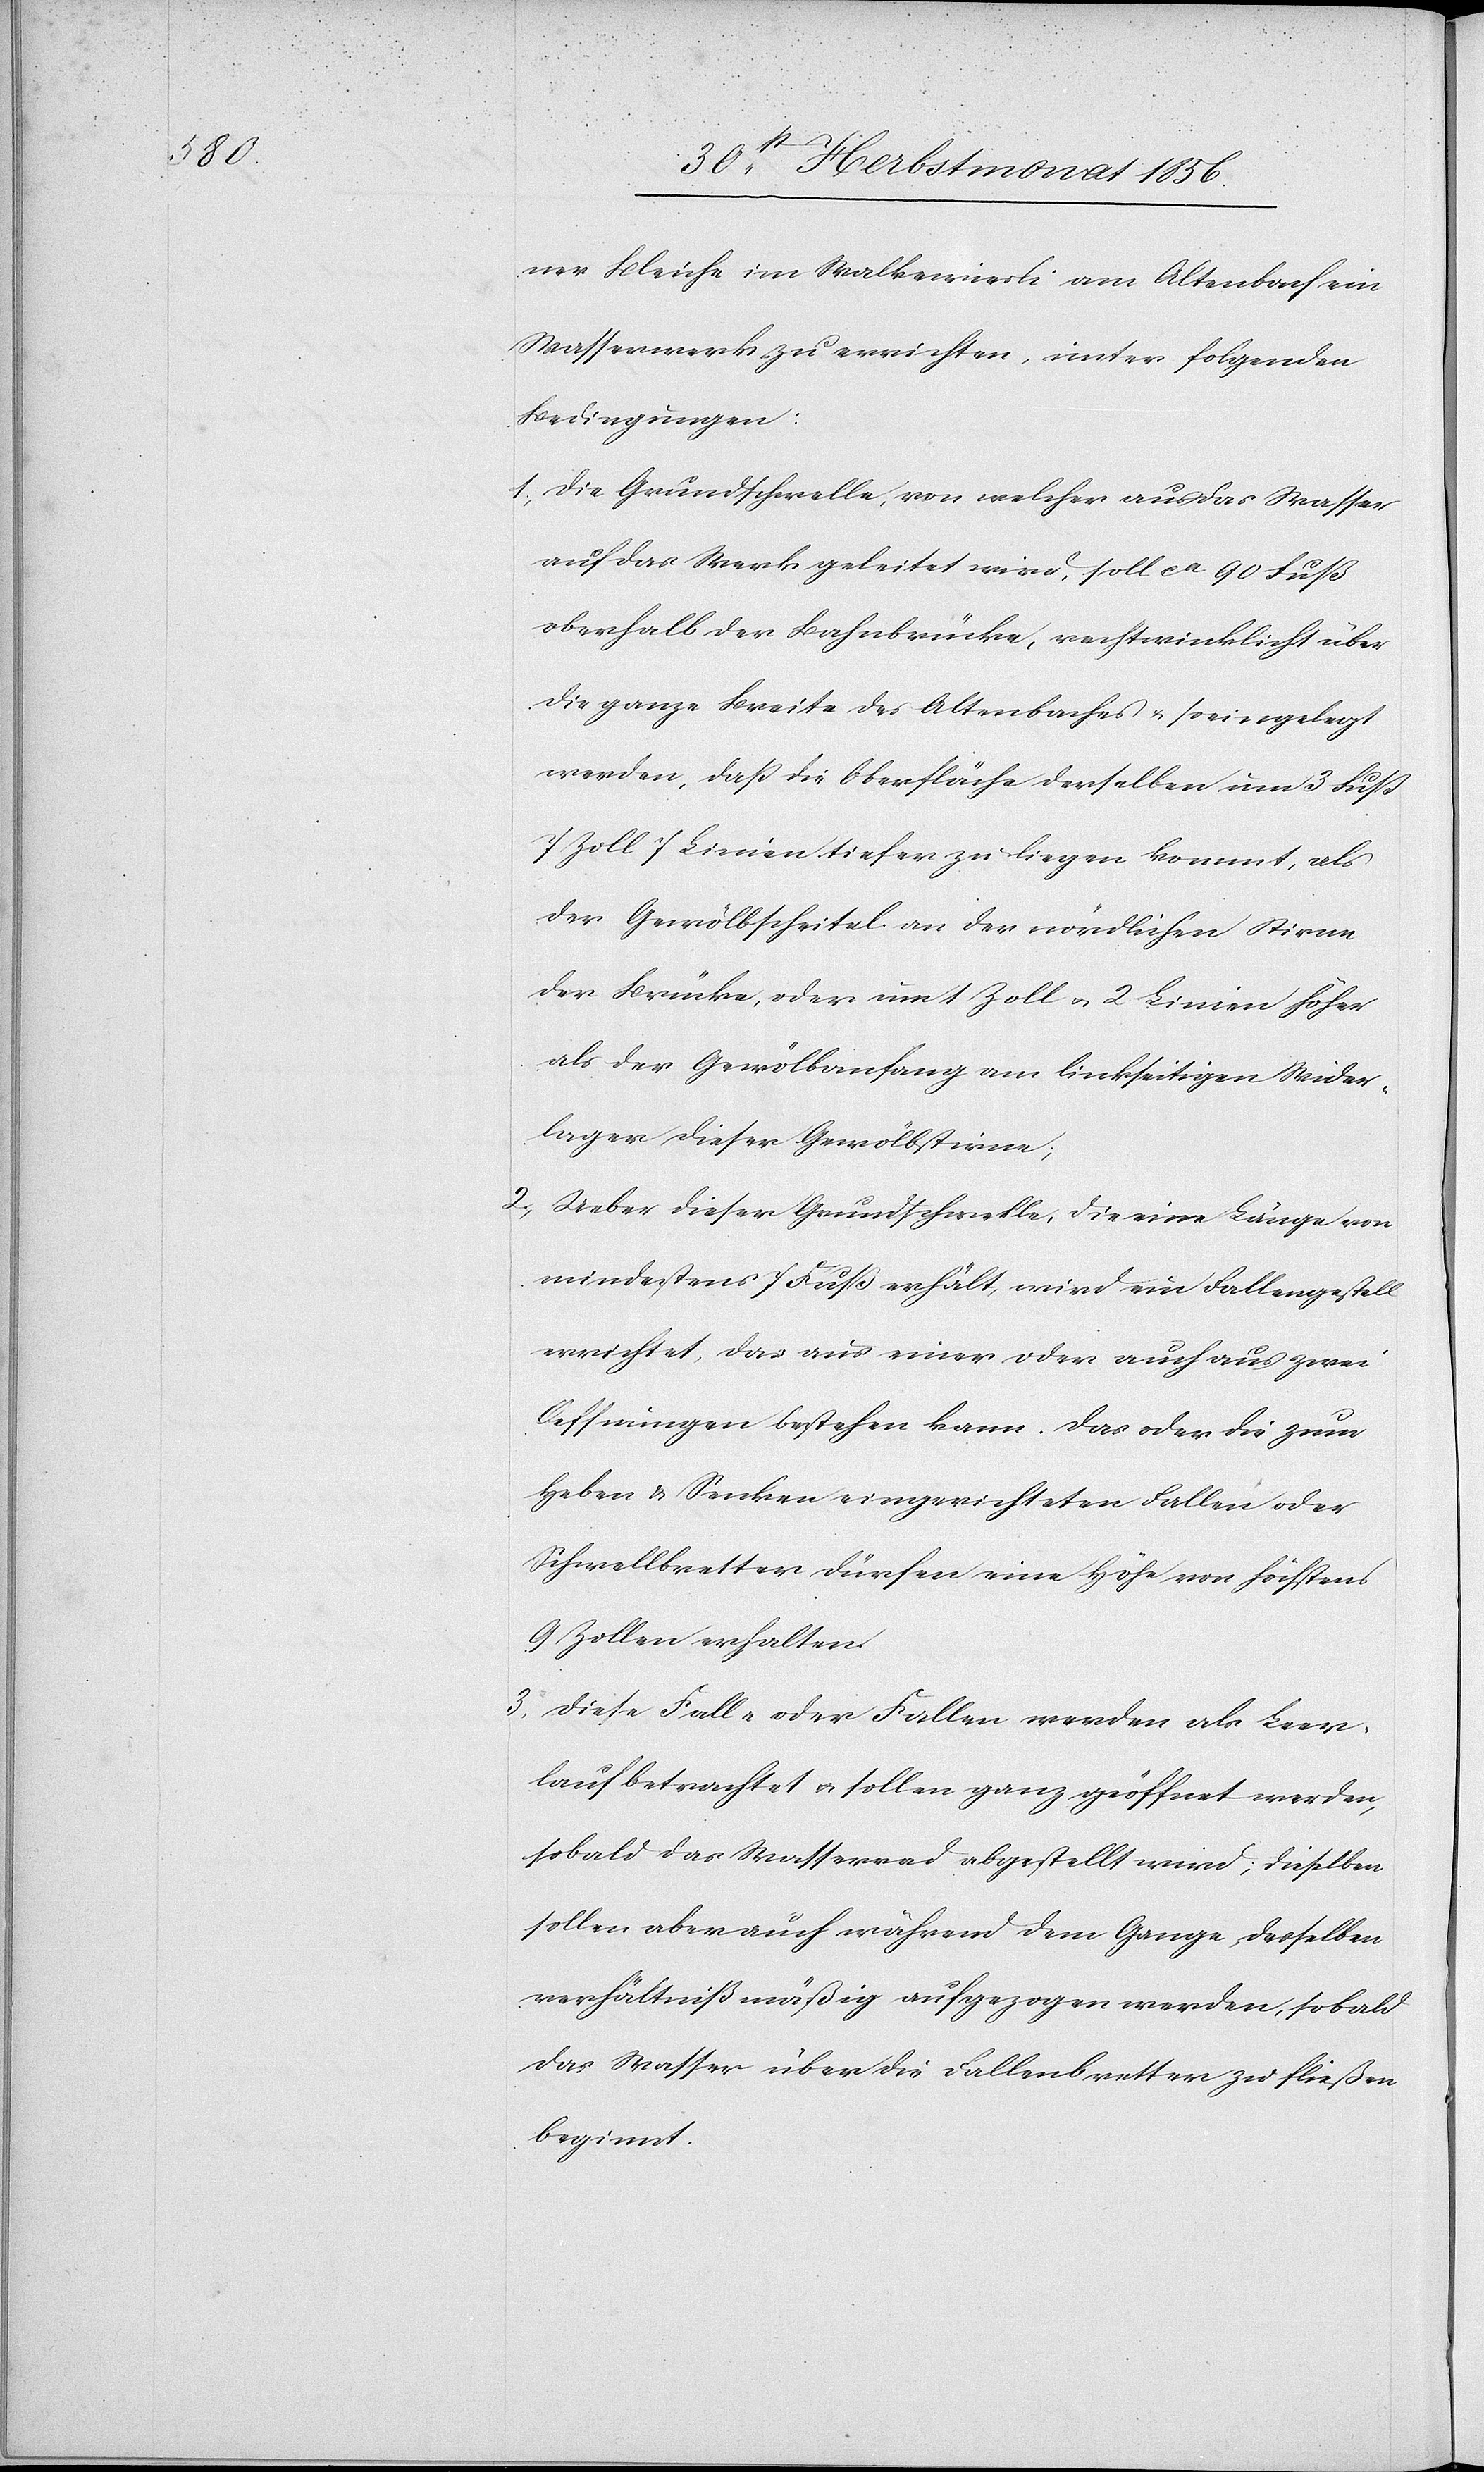
c!]

ner Bleiche im Walkewiesli [sic!] am Altenbach ein
Wasserwerk zu errichten, unter folgenden
Bedingungen:
1.) Die Grundschwelle, von welcher aus das Wasser
auf das Werk geleitet wird, soll ca 90 Fuß
oberhalb der Bahnbrücke, rechtwinklicht [si¬
die ganz Breite des Altenbaches u. so eingelegt
werden, dass die Oberfläche derselben um 3 Fuss
7 Zoll 7 Linien tiefer zu liegen kommt, als
der Gewölbscheitel an der nördlichen Stirne
der Brücke, oder um 1 Zoll u. 2 Linien höher
als der Gewölbanfang am linkseitigen Wider¬
lager dieser Gewölbstirne;
2.) Ueber dieser Grundschwelle, die eine Länge von
mindestens 7 Fuß erhält, wird ein Fallengestell
errichtet, das aus einer oder auch aus zwei
Oeffnungen bestehen kann. Das oder die zum
Heben & Senken eingerichteten Fallen oder
Schwellbretter dürfen eine Höhe von höchstens
9 Zollen erhalten.
3.) Diese Falle oder Fallen werden als Leer¬
lauf betrachtet u. sollen ganz geöffnet werden,
sobald das Wasserrad abgestellt wird; dieselben
sollen aber auch während dem Gange desselben
verhältnißmäßig aufgezogen werden, sobald
das Wasser über die Fallenbretter zu fließen
beginnt.